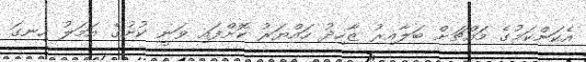
އެކަންކަމުގެ މައްޗަށް ބަލާއިރު ޒާހިދު ހައްޔަރު ކޮށްފައި ވަނީ ކުށުގެ އަމަލު ހިނގަ